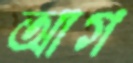
আগ